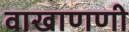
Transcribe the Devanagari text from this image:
वाखाणणी